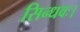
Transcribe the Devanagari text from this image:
सिन्धवः।